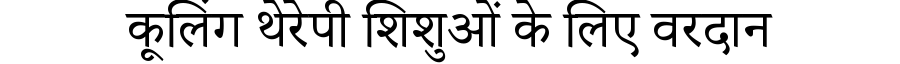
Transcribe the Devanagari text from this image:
कूलिंग थेरेपी शिशुओं के लिए वरदान